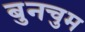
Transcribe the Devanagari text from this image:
बुनचुम